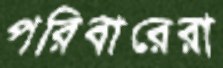
পরিবারেরা